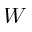
W